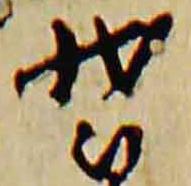
装